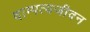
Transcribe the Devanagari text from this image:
दाम्पत्यजीवन